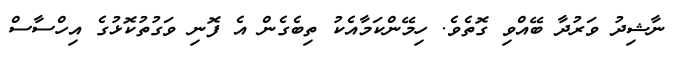
ނާޝިދު ވަރުދާ ބޭއްވި ގޮތެވެ. ހިމޭންކަމާއެކު ތިބެގެން އެ ފޮނި ވަގުތުކޮޅުގެ އިހްސާސް